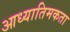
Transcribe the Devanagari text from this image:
आध्यातिमकता